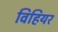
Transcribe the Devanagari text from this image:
विहियर